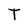
Character: T